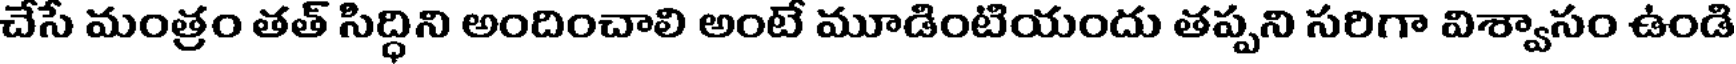
చేసే మంత్రం తత్ సిద్ధిని అందించాలి అంటే మూడింటియందు తప్పని సరిగా విశ్వాసం ఉండి